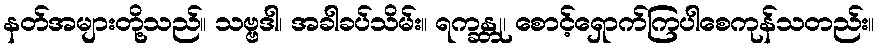
နတ်အများတို့သည်။ သဗ္ဗဒါ၊ အခါခပ်သိမ်း။ ရက္ခန္တု၊ စောင့်ရှောက်ကြပါစေကုန်သတည်း။